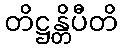
တိဋ္ဌန္တိပီတိ